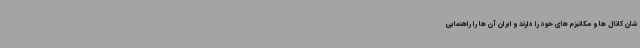
شان کانال ها و مکانیزم های خود را دارند و ایران آن ها را راهنمایی